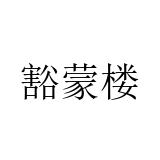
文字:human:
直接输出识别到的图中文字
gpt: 豁蒙楼